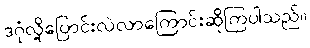
ဒဂုံလို့ပြောင်းလဲလာကြောင်းဆိုကြပါသည်။